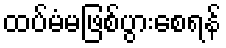
ထပ်မံမဖြစ်ပွားစေရန်